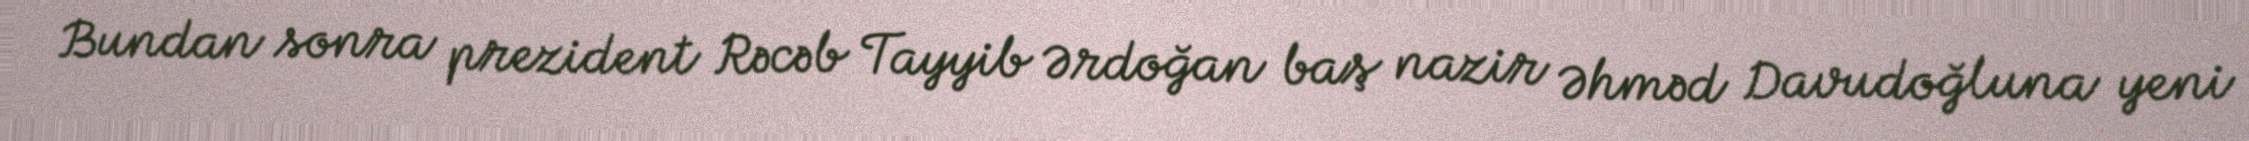
Bundan sonra prezident Rəcəb Tayyib Ərdoğan baş nazir Əhməd Davudoğluna yeni